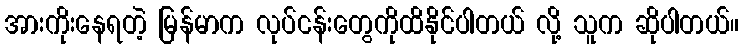
အားကိုးနေရတဲ့ မြန်မာက လုပ်ငန်းတွေကိုထိနိုင်ပါတယ် လို့ သူက ဆိုပါတယ်။